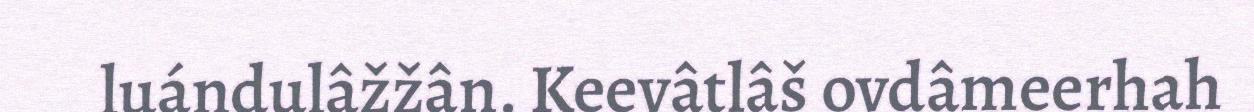
luándulâžžân. Keevâtlâš ovdâmeerhah